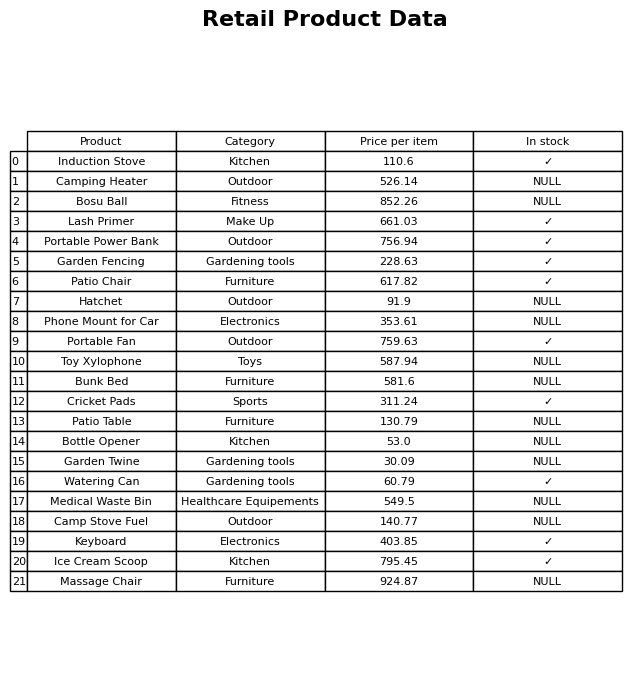
question: What is the stock status of the Lash Primer?
answer: ✓